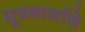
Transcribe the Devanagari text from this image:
मूत्रमार्गाचे